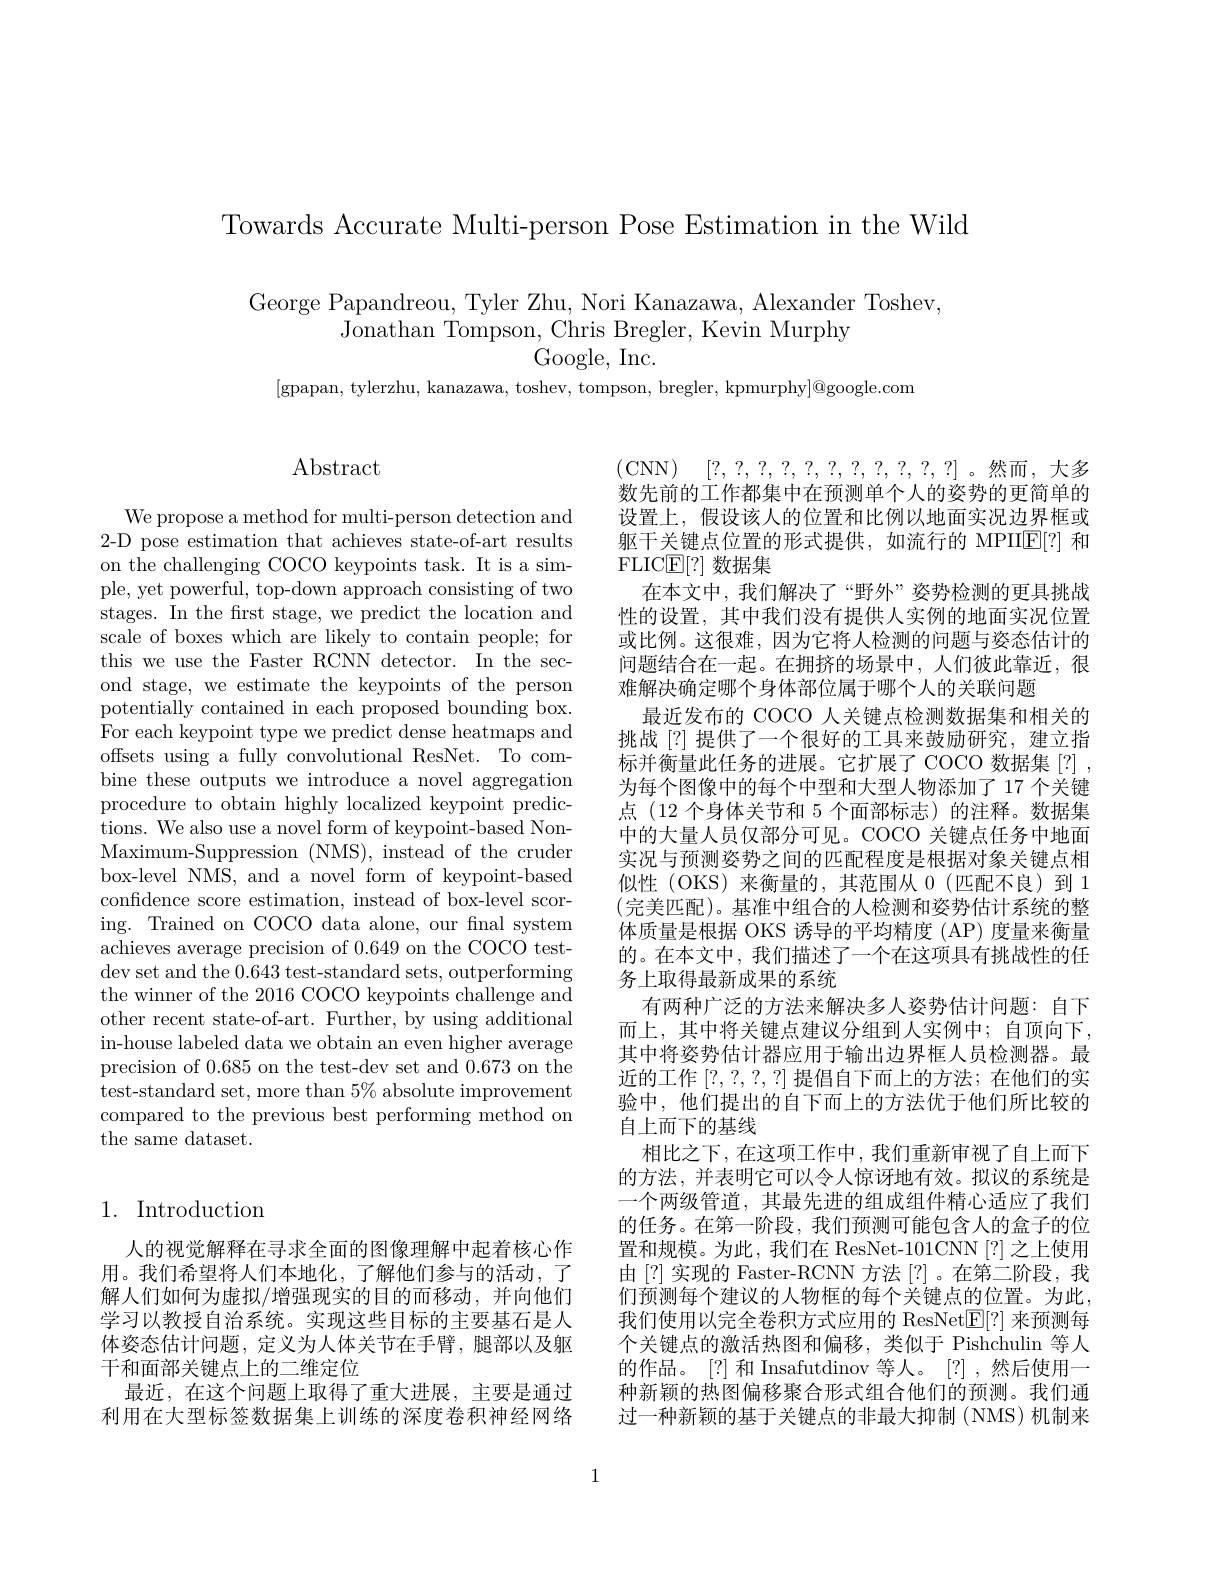
Towards Accurate Multi-person Pose Estimation in the Wild

George Papandreou, Tyler Zhu, Nori Kanazawa, Alexander Toshev,
Jonathan Tompson, Chris Bregler, Kevin Murphy
Google, Inc.
[gpapan, tylerzhu, kanazawa, toshev, tompson, bregler, kpmurphy$]^\textcircled{\mathrm{o}}$google.com

## $\operatorname{Abstract}$

We propose a method for multi-person detection and 2-D pose estimation that achieves state-of-art results on the challenging COCO keypoints task. It is a simple, yet powerful, top-down approach consisting of two stages. In the first stage, we predict the location and scale of boxes which are likely to contain people; for this we use the Faster RCNN detector. In the second stage, we estimate the keypoints of the person potentially contained in each proposed bounding box. For each keypoint type we predict dense heatmaps and offsets using a fully convolutional ResNet. To combine these outputs we introduce a novel aggregation procedure to obtain highly localized keypoint predictions. We also use a novel form of keypoint-based NonMaximum-Suppression (NMS), instead of the cruder box-level NMS, and a novel form of keypoint-based confidence score estimation, instead of box-level scoring. Trained on COCO data alone, our fnal system achieves average precision of 0.649 on the COCO testdev set and the 0.643 test-standard sets, outperforming the winner of the 2016 COCO keypoints challenge and other recent state-of-art. Further, by using additional in-house labeled data we obtain an even higher average precision of 0.685 on the test-dev set and 0.673 on the test-standard set, more than $5\%$ absolute improvement compared to the previous best performing method on the same dataset.

## 1. Introduction

人的视觉解释在寻求全面的图像理解中起着核心作用。我们希望将人们本地化，了解他们参与的活动，了解人们如何为虚拟/增强现实的目的而移动，并向他们学习以教授自治系统。实现这些目标的主要基石是人体姿态估计问题，定义为人体关节在手臂，腿部以及躯干和面部关键点上的二维定位
最近，在这个问题上取得了重大进展，主要是通过利用在大型标签数据集上训练的深度卷积神经网络

(CNN) [?,?,?,?,?,?,?,?,?,?,?,?,?]。然而，大多数先前的工作都集中在预测单个人的姿势的更简单的设置上，假设该人的位置和比例以地面实况边界框或躯干关键点位置的形式提供，如流行的 MPIIE[?] 和FLICE[ ? ] 数据集
在本文中，我们解决了“野外”姿势检测的更具挑战性的设置，其中我们没有提供人实例的地面实况位置或比例。这很难，因为它将人检测的问题与姿态估计的问题结合在一起。在拥挤的场景中，人们彼此靠近，很难解决确定哪个身体部位属于哪个人的关联问题
最近发布的 COCO 人关键点检测数据集和相关的挑战[?]提供了一个很好的工具来鼓励研究，建立指标并衡量此任务的进展。它扩展了 COCO 数据集[?] , 为每个图像中的每个中型和大型人物添加了 17 个关键点 (12 个身体关节和 5 个面部标志)的注释。数据集中的大量人员仅部分可见。COCO 关键点任务中地面实况与预测姿势之间的匹配程度是根据对象关键点相似性 (OKS) 来衡量的，其范围从0 (匹配不良)到 1 (完美匹配)。基准中组合的人检测和姿势估计系统的整体质量是根据 OKS 诱导的平均精度 (AP) 度量来衡量的。在本文中，我们描述了一个在这项具有挑战性的任务上取得最新成果的系统
有两种广泛的方法来解决多人姿势估计问题：自下而上，其中将关键点建议分组到人实例中；自顶向下， 其中将姿势估计器应用于输出边界框人员检测器。最近的工作[?,?,?,?]提倡自下而上的方法；在他们的实验中，他们提出的自下而上的方法优于他们所比较的自上而下的基线
相比之下，在这项工作中，我们重新审视了自上而下的方法，并表明它可以令人惊讶地有效。拟议的系统是一个两级管道，其最先进的组成组件精心适应了我们的任务。在第一阶段，我们预测可能包含人的盒子的位置和规模。为此，我们在 ResNet-101CNN[?] 之上使用由[?]实现的 Faster-RCNN 方法 [?]。在第二阶段，我们预测每个建议的人物框的每个关键点的位置。为此， 我们使用以完全卷积方式应用的 ResNet$\mathbb{E}[?]$来预测每个关键点的激活热图和偏移，类似于 Pishchulin 等人的作品。[?] 和 Insafutdinov 等人。[?] ,然后使用一种新颖的热图偏移聚合形式组合他们的预测。我们通过一种新颖的基于关键点的非最大抑制(NMS)机制来

1